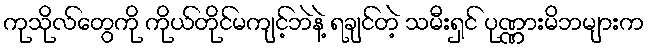
ကုသိုလ်တွေကို ကိုယ်တိုင်မကျင့်ဘဲနဲ့ ရချင်တဲ့ သမီးရှင် ပုဏ္ဏားမိဘများက